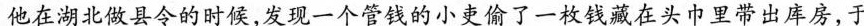
他在湖北做县令的时候，发现一个管钱的小吏偷了一枚钱藏在头巾里带出库房，于